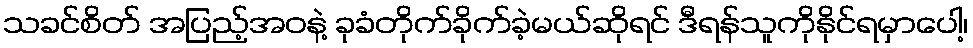
သခင်စိတ် အပြည့်အဝနဲ့ ခုခံတိုက်ခိုက်ခဲ့မယ်ဆိုရင် ဒီရန်သူကိုနိုင်ရမှာပေါ့၊